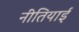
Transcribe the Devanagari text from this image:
नीतियाई